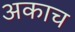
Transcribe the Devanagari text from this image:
अकाच